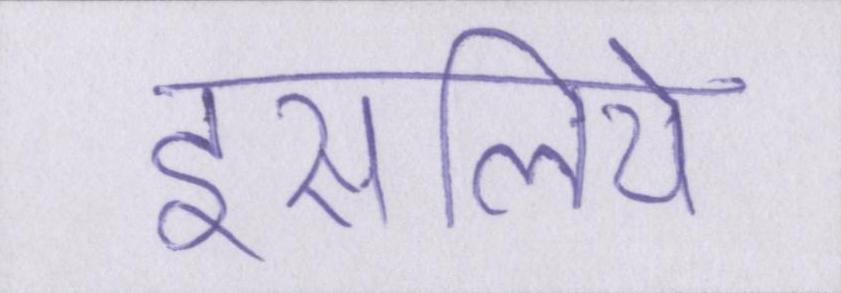
इसलिये